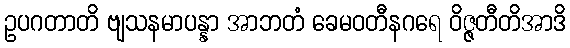
ဥပဂတာတိ ဗျသနမာပန္နာ အာဘတံ ခေမဝတီနဂရေ ဝိဇ္ဇတီတိအာဒိ